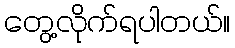
တွေ့လိုက်ရပါတယ်။